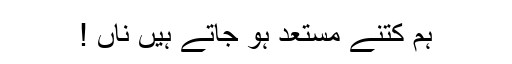
ہم کتنے مستعد ہو جاتے ہیں ناں !